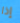
إذا